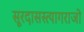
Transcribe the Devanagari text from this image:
सूरदासस्त्यागराजो